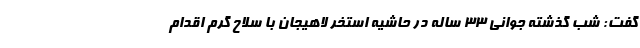
گفت: شب گذشته جوانی ۳۳ ساله در حاشیه استخر لاهیجان با سلاح گرم اقدام